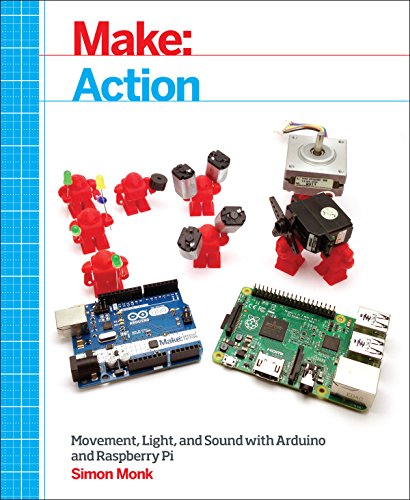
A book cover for Make: Action: Movement, Light, and Sound with Arduino and Raspberry Pi; Simon Monk; Computers & Technology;